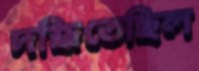
দগ্ধিতেছিল